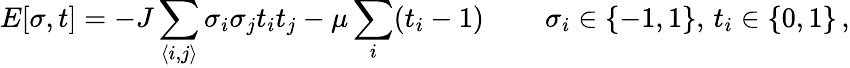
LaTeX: E[\sigma,t]=-J\sum_{\langle i,j\rangle}\sigma_{i}\sigma_{j}t_{i}t_{j}-\mu\sum_{i}(t_{i}-1)\, \qquad\sigma_{i}\in\{ -1,1\} ,\, t_{i}\in\{ 0,1\} \, ,